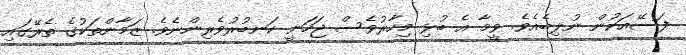
ފަސޭއަކުން ނުލިބެއެވެ. ވީމާ އެ ބުޅި މިހާރުވެސް ޖަހަނީ ކަނބުރުވެރިންނެވެ. ޒަމާންތަކުގެ ތެރޭގައި